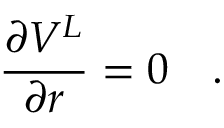
{ \frac { \partial V ^ { L } } { \partial r } } = 0 ~ ~ ~ .